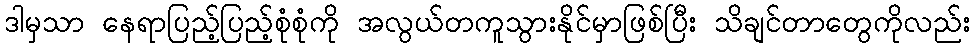
ဒါမှသာ နေရာပြည့်ပြည့်စုံစုံကို အလွယ်တကူသွားနိုင်မှာဖြစ်ပြီး သိချင်တာတွေကိုလည်း